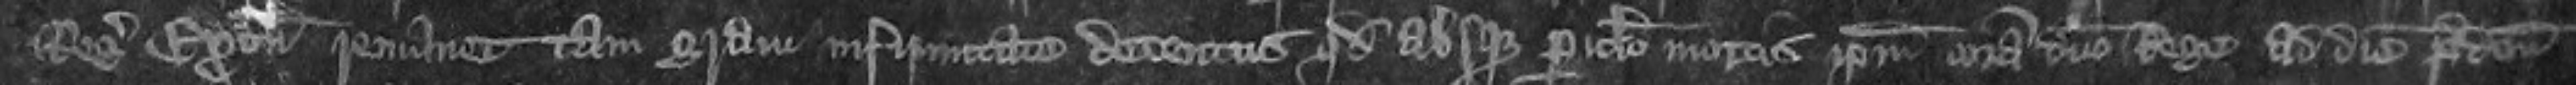
Regis Exonie remanet tam gravi infirmitate detentus quod ab usque periculo mortis ipsum coram domino Rege ad diem predictum